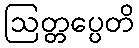
ဩတ္တပ္ပေတိ